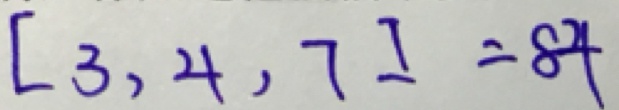
[ 3 , 4 , 7 ] = 8 4